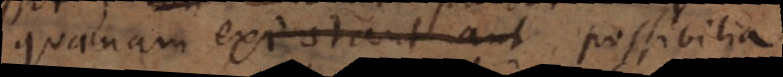
quaenam existant aut possibilia